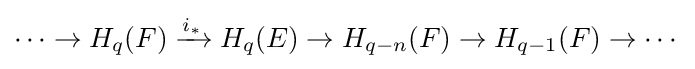
\cdots \to H_{q}(F)\xrightarrow {i_{*}} H_{q}(E)\to H_{q-n}(F)\to H_{q-1}(F)\to \cdots